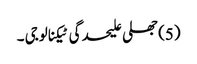
(5) جھلی علیحدگی ٹیکنالوجی ۔